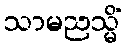
သာမညသ္မိံ